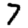
Digit: 7